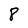
Character: 8